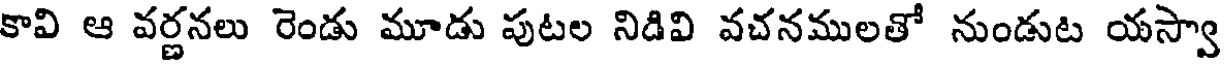
కావి ఆ వర్ణనలు రెండు మూడు పుటల నిడివి వచనములతో నుండుట యస్వా